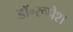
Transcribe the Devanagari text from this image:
डॉ॰रूपेश